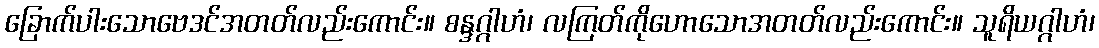
ခြောက်ပါးသောဗေဒင်အတတ်လည်းကောင်း။ စန္ဒဂ္ဂါဟံ၊ လကြတ်ကိုဟောသောအတတ်လည်းကောင်း။ သူရိယဂ္ဂါဟံ၊